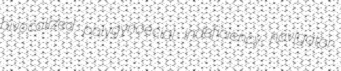
bivocalized polygynoecial indeficiency navigator